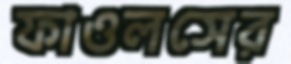
ফাওলসের